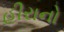
હીરાનો